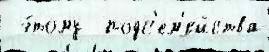
 э́тому  подс'ем'ейства